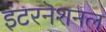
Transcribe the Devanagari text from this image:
इंटरनॆशनल